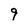
Character: 9